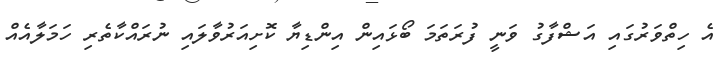
އެ ހިތްވަރުގައި އަޝްފާގު ވަނީ ފުރަތަމަ ބޯޅައިން އިންޑިޔާ ކޮށިއަރުވާލައި ނުރައްކާތެރި ހަމަލާއެއް